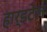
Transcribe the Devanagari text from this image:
हार्डटेल